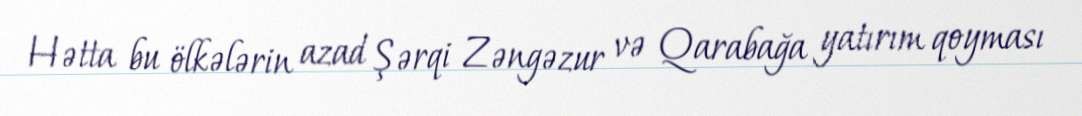
Hətta bu ölkələrin azad Şərqi Zəngəzur və Qarabağa yatırım qoyması